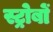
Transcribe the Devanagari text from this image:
स्ट्रोबों